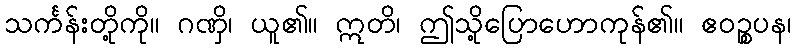
သင်္ကန်းတို့ကို။ ဂဏှိ၊ ယူ၏။ ဣတိ၊ ဤသို့ပြောဟောကုန်၏။ ဧဝဉ္စပန၊